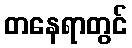
တနေရာတွင်